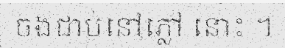
ចងជាប់នៅភ្លៅ នោះ ។